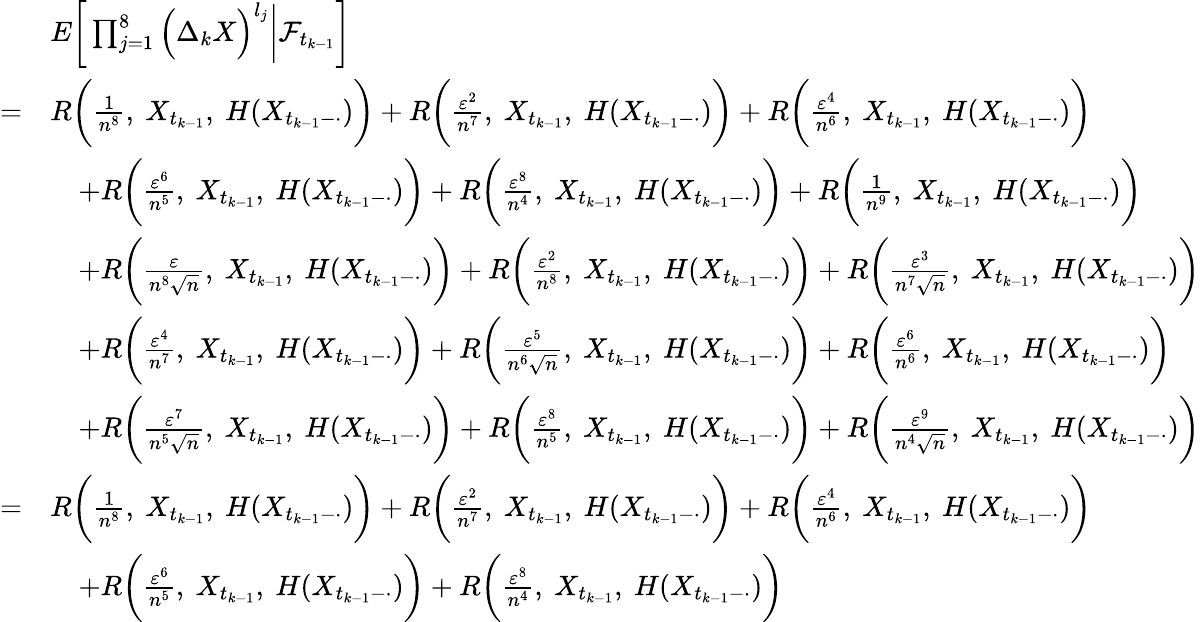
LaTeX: \begin{array}{rl}&{E\bigg[\prod_{j=1}^{8}\Big(\Delta_{k}X\Big)^{l_{j}}\bigg|\mathcal{F}_{t_{k-1}}\bigg]}\\ {=}&{R\bigg(\frac{1}{n^{8}},~X_{t_{k-1}},~H(X_{t_{k-1}-\cdot})\bigg)+R\bigg(\frac{\varepsilon^{2}}{n^{7}},~X_{t_{k-1}},~H(X_{t_{k-1}-\cdot})\bigg)+R\bigg(\frac{\varepsilon^{4}}{n^{6}},~X_{t_{k-1}},~H(X_{t_{k-1}-\cdot})\bigg)}\\ &{\quad+R\bigg(\frac{\varepsilon^{6}}{n^{5}},~X_{t_{k-1}},~H(X_{t_{k-1}-\cdot})\bigg)+R\bigg(\frac{\varepsilon^{8}}{n^{4}},~X_{t_{k-1}},~H(X_{t_{k-1}-\cdot})\bigg)+R\bigg(\frac{1}{n^{9}},~X_{t_{k-1}},~H(X_{t_{k-1}-\cdot})\bigg)}\\ &{\quad+R\bigg(\frac{\varepsilon}{n^{8}\sqrt{n}},~X_{t_{k-1}},~H(X_{t_{k-1}-\cdot})\bigg)+R\bigg(\frac{\varepsilon^{2}}{n^{8}},~X_{t_{k-1}},~H(X_{t_{k-1}-\cdot})\bigg)+R\bigg(\frac{\varepsilon^{3}}{n^{7}\sqrt{n}},~X_{t_{k-1}},~H(X_{t_{k-1}-\cdot})\bigg)}\\ &{\quad+R\bigg(\frac{\varepsilon^{4}}{n^{7}},~X_{t_{k-1}},~H(X_{t_{k-1}-\cdot})\bigg)+R\bigg(\frac{\varepsilon^{5}}{n^{6}\sqrt{n}},~X_{t_{k-1}},~H(X_{t_{k-1}-\cdot})\bigg)+R\bigg(\frac{\varepsilon^{6}}{n^{6}},~X_{t_{k-1}},~H(X_{t_{k-1}-\cdot})\bigg)}\\ &{\quad+R\bigg(\frac{\varepsilon^{7}}{n^{5}\sqrt{n}},~X_{t_{k-1}},~H(X_{t_{k-1}-\cdot})\bigg)+R\bigg(\frac{\varepsilon^{8}}{n^{5}},~X_{t_{k-1}},~H(X_{t_{k-1}-\cdot})\bigg)+R\bigg(\frac{\varepsilon^{9}}{n^{4}\sqrt{n}},~X_{t_{k-1}},~H(X_{t_{k-1}-\cdot})\bigg)}\\ {=}&{R\bigg(\frac{1}{n^{8}},~X_{t_{k-1}},~H(X_{t_{k-1}-\cdot})\bigg)+R\bigg(\frac{\varepsilon^{2}}{n^{7}},~X_{t_{k-1}},~H(X_{t_{k-1}-\cdot})\bigg)+R\bigg(\frac{\varepsilon^{4}}{n^{6}},~X_{t_{k-1}},~H(X_{t_{k-1}-\cdot})\bigg)}\\ &{\quad+R\bigg(\frac{\varepsilon^{6}}{n^{5}},~X_{t_{k-1}},~H(X_{t_{k-1}-\cdot})\bigg)+R\bigg(\frac{\varepsilon^{8}}{n^{4}},~X_{t_{k-1}},~H(X_{t_{k-1}-\cdot})\bigg)}\end{array}